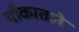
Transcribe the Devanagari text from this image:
चौकातले